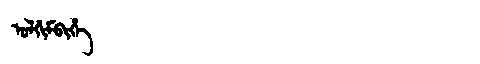
Manchu: ᡠᠯᡤᡳᠮᠪᡳᡥᡝ
Romanization: ULGIMBIHE